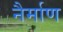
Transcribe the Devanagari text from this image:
नैर्माण